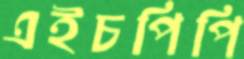
এইচপিপি